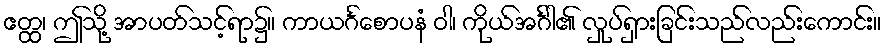
ဧတ္ထ၊ ဤသို့ အာပတ်သင့်ရာ၌။ ကာယင်္ဂစောပနံ ဝါ၊ ကိုယ်အင်္ဂါ၏ လှုပ်ရှားခြင်းသည်လည်းကောင်း။